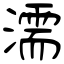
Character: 濡